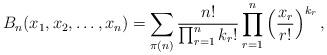
LaTeX: \begin{align*}B_{n}(x_1,x_2,\ldots,x_n) = \sum_{\pi(n)} \frac{n!}{\prod_{r=1}^n k_r!}\prod_{r=1}^{n} \left(\frac{x_r}{r!}\right)^{k_r},\end{align*}